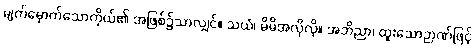
မျက်မှောက်သောကိုယ်၏ အဖြစ်၌သာလျှင်။ သယံ၊ မိမိအလိုလို။ အဘိညာ၊ ထူးသောဉာဏ်ဖြင့်